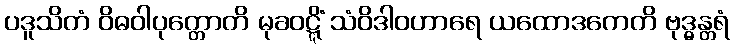
ပဒူသိတံ ဝိဓဝါပုတ္တောတိ မုခဝဋ္ဋိံ သံဝိဒါဝဟာရေ ယထောဒကေတိ ဗုဒ္ဓန္တရံ